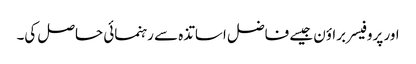
اور پروفیسر براؤن جیسے فاضل اساتذہ سے رہنمائی حاصل کی۔